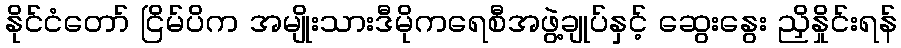
နိုင်ငံတော် ငြိမ်ပိက အမျိုးသားဒီမိုကရေစီအဖွဲ့ချုပ်နှင့် ဆွေးနွေး ညှိနှိုင်းရန်